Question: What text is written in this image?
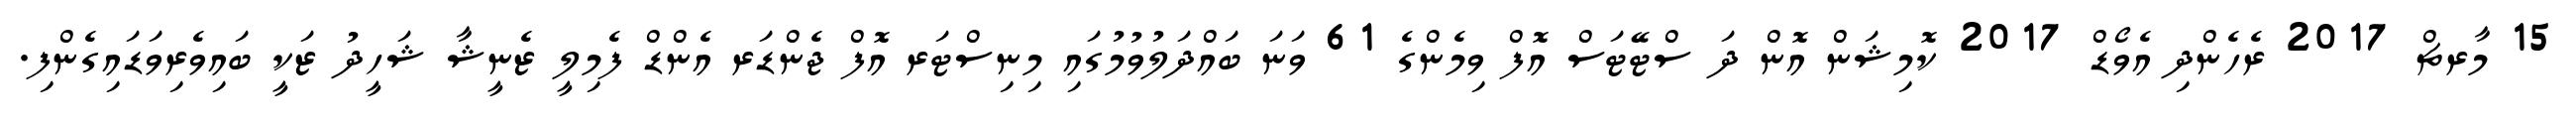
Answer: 15 މާރޗް 2017 ރެހެންދި އެވޯޑް 2017 ކޮމިޝަން އޮން ދަ ސްޓޭޓަސް އޮފް ވިމެންގެ 61 ވަނަ ބައްދަލުވުމުގައި މިނިސްޓަރ އޮފް ޖެންޑަރ އެންޑް ފެމިލީ ޒެނީޝާ ޝަހީދު ޒަކީ ބައިވެރިވަޑައިގެންފި.